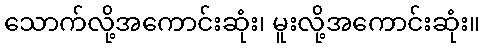
သောက်လို့အကောင်းဆုံး၊ မူးလို့အကောင်းဆုံး။